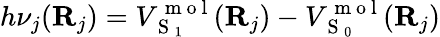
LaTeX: h\nu_{j}(\mathbf R_{j})=V_{\mathrm{~S~}_{1}}^{\mathrm{~m~o~l~}}({\mathbf{R}}_{j})-V_{\mathrm{~S~}_{0}}^{\mathrm{~m~o~l~}}({\mathbf{R}}_{j})